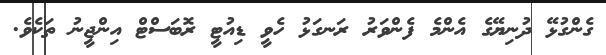
ގެންގުޅޭ ދުނިޔޭގެ އެންމެ ފެންވަރު ރަނގަޅު ހެވީ ޑިއުޓީ ރޮބަސްޓް އިންޖީނު ތަކެވެ.